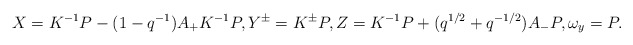
\begin{align*} X=K^{-1}P-(1-q^{-1}) A_{+}K^{-1}P,Y^{\pm}=K^{\pm}P,Z=K^{-1}P+(q^{1/2}+q^{-1/2})A_{-}P,\omega_y=P.\end{align*}